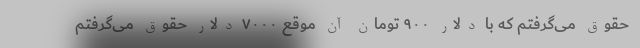
حقوق می‌گرفتم که با دلار ۹۰۰ تومان آن موقع ۷۰۰۰ دلار حقوق می‌گرفتم